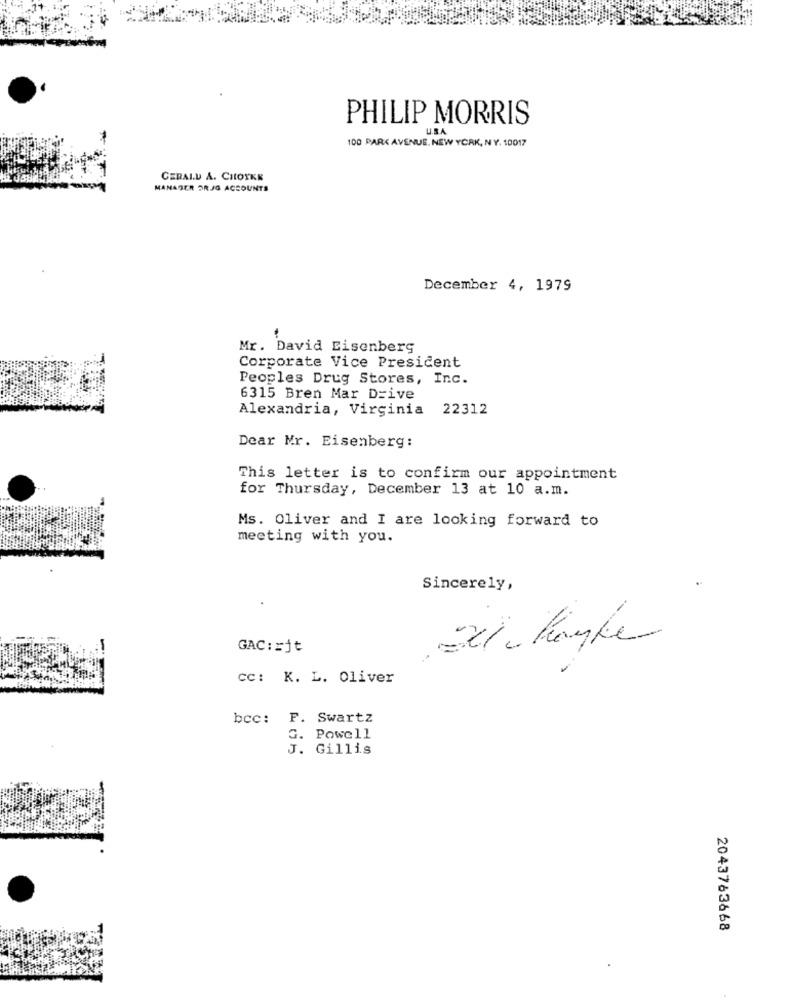
PHILIP MORRIS
UBA
100 PARK AVENUE. NEW YORK, NY. 10017
GERALD A. CHOYKE
MANAGER ORJG ACCOUNTS
December 4, 1979
Mr. David Eisenberg
Corporate Vice President
Peoples Drug Stores, Inc.
6315 Bren Mar Drive
Alexandria, Virginia
22312
Dear Mr. Eisenberg:
This letter is to confirm our appointment
for Thursday, December 13 at 10 a.m.
Ms. Oliver and I are looking forward to
meeting with you.
Sincerely,
GAC :: jt
cc: K. L. Oliver
bcc: F. Swartz
G. Powell
J. Gillis
2043763668